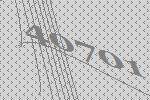
40701